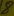
Text: 8